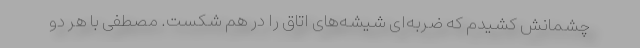
چشمانش کشیدم که ضربه‌ای شیشه‌های اتاق را در هم شکست. مصطفی با هر دو